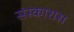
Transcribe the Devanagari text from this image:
संस्कारास